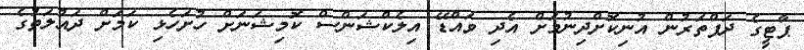
ޕާޓީގެ ދަފްތަރުން އުނިކޮށްދިނުމަށް އެދި ވައްޑޭ އިލެކްޝަންސް ކޮމިޝަނަށް ހުށަހެޅި ކަމަށް ދައުލަތުގެ